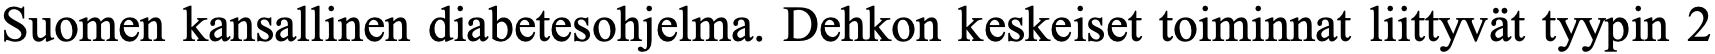
Suomen kansallinen diabetesohjelma. Dehkon keskeiset toiminnat liittyvät tyypin 2